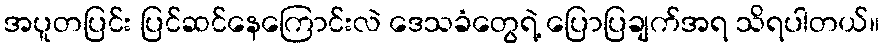
အပူတပြင်း ပြင်ဆင်နေကြောင်းလဲ ဒေသခံတွေရဲ့ ပြောပြချက်အရ သိရပါတယ်။